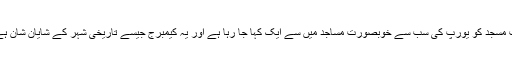
اب مسجد کو یورپ کی سب سے خوبصورت مساجد میں سے ایک کہا جا رہا ہے اور یہ کیمبرج جیسے تاریخی شہر کے شایانِ شان ہے۔